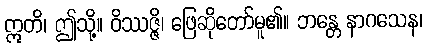
ဣတိ၊ ဤသို့။ ဝိဿဇ္ဇိ၊ ဖြေဆိုတော်မူ၏။ ဘန္တေ နာဂသေန၊